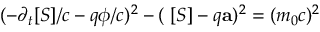
( - \partial _ { t } [ S ] / c - q \phi / c ) ^ { 2 } - ( \mathbf { \nabla } [ S ] - q \mathbf { a } ) ^ { 2 } = ( m _ { 0 } c ) ^ { 2 }